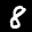
Label: 8